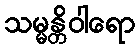
သမ္မန္တိဝါရော